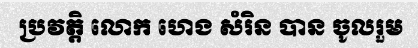
ប្រវត្តិ លោក ហេង សំរិន បាន ចូលរួម